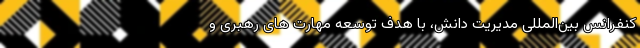
کنفرانس بین‌المللی مدیریت ‌دانش، با هدف توسعه مهارت­ های رهبری و